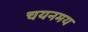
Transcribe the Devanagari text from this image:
चयनमय